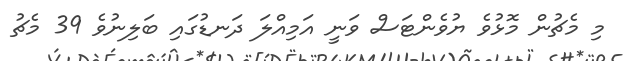
މި މެޗުން މޮޅުވެ ޔުވެންޓަސް ވަނީ އަމިއްލަ ދަނޑުގައި ބަލިނުވެ 39 މެޗު